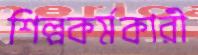
শিল্পকর্মকারী